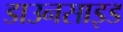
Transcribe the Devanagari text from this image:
डाउनसाइड